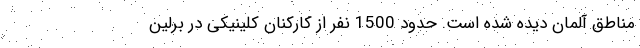
مناطق آلمان دیده شده است. حدود 1500 نفر از کارکنان کلینیکی در برلین